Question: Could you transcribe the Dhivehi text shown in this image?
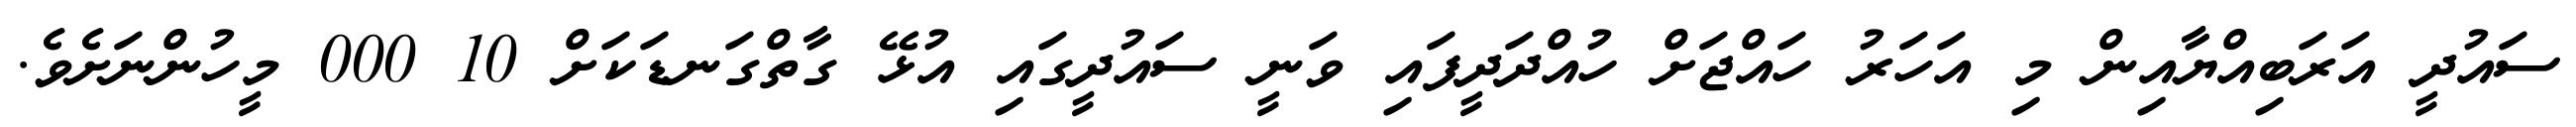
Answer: ސައުދީ އަރަބިއްޔާއިން މި އަހަރު ހައްޖަށް ހުއްދަދީފައި ވަނީ ސައުދީގައި އުޅޭ ގާތްގަނޑަކަށް 10 000 މީހުންނަށެވެ.